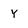
Character: y